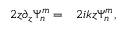
\begin{array} { r l } { 2 z \partial _ { z } \Psi _ { n } ^ { m } = } & { { } 2 i k z \Psi _ { n } ^ { m } , } \end{array}